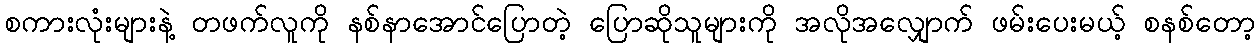
စကားလုံးများနဲ့ တဖက်လူကို နစ်နာအောင်ပြောတဲ့ ပြောဆိုသူများကို အလိုအလျှောက် ဖမ်းပေးမယ့် စနစ်တော့